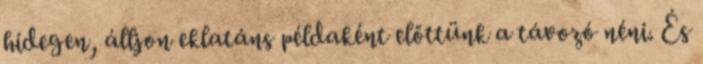
hidegen, álljon eklatáns példaként előttünk a távozó néni. És